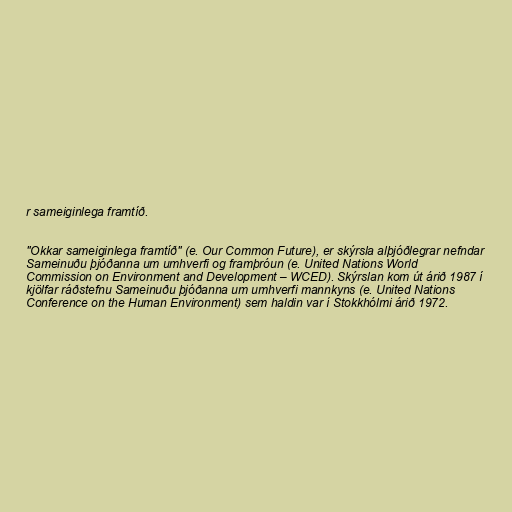
r sameiginlega framtíð.

"Okkar sameiginlega framtíð" (e. Our Common Future), er skýrsla alþjóðlegrar nefndar
Sameinuðu þjóðanna um umhverfi og framþróun (e. United Nations World
Commission on Environment and Development – WCED). Skýrslan kom út árið 1987 í
kjölfar ráðstefnu Sameinuðu þjóðanna um umhverfi mannkyns (e. United Nations
Conference on the Human Environment) sem haldin var í Stokkhólmi árið 1972.